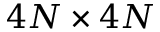
4 N \times 4 N